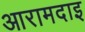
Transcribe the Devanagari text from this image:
आरामदाइ